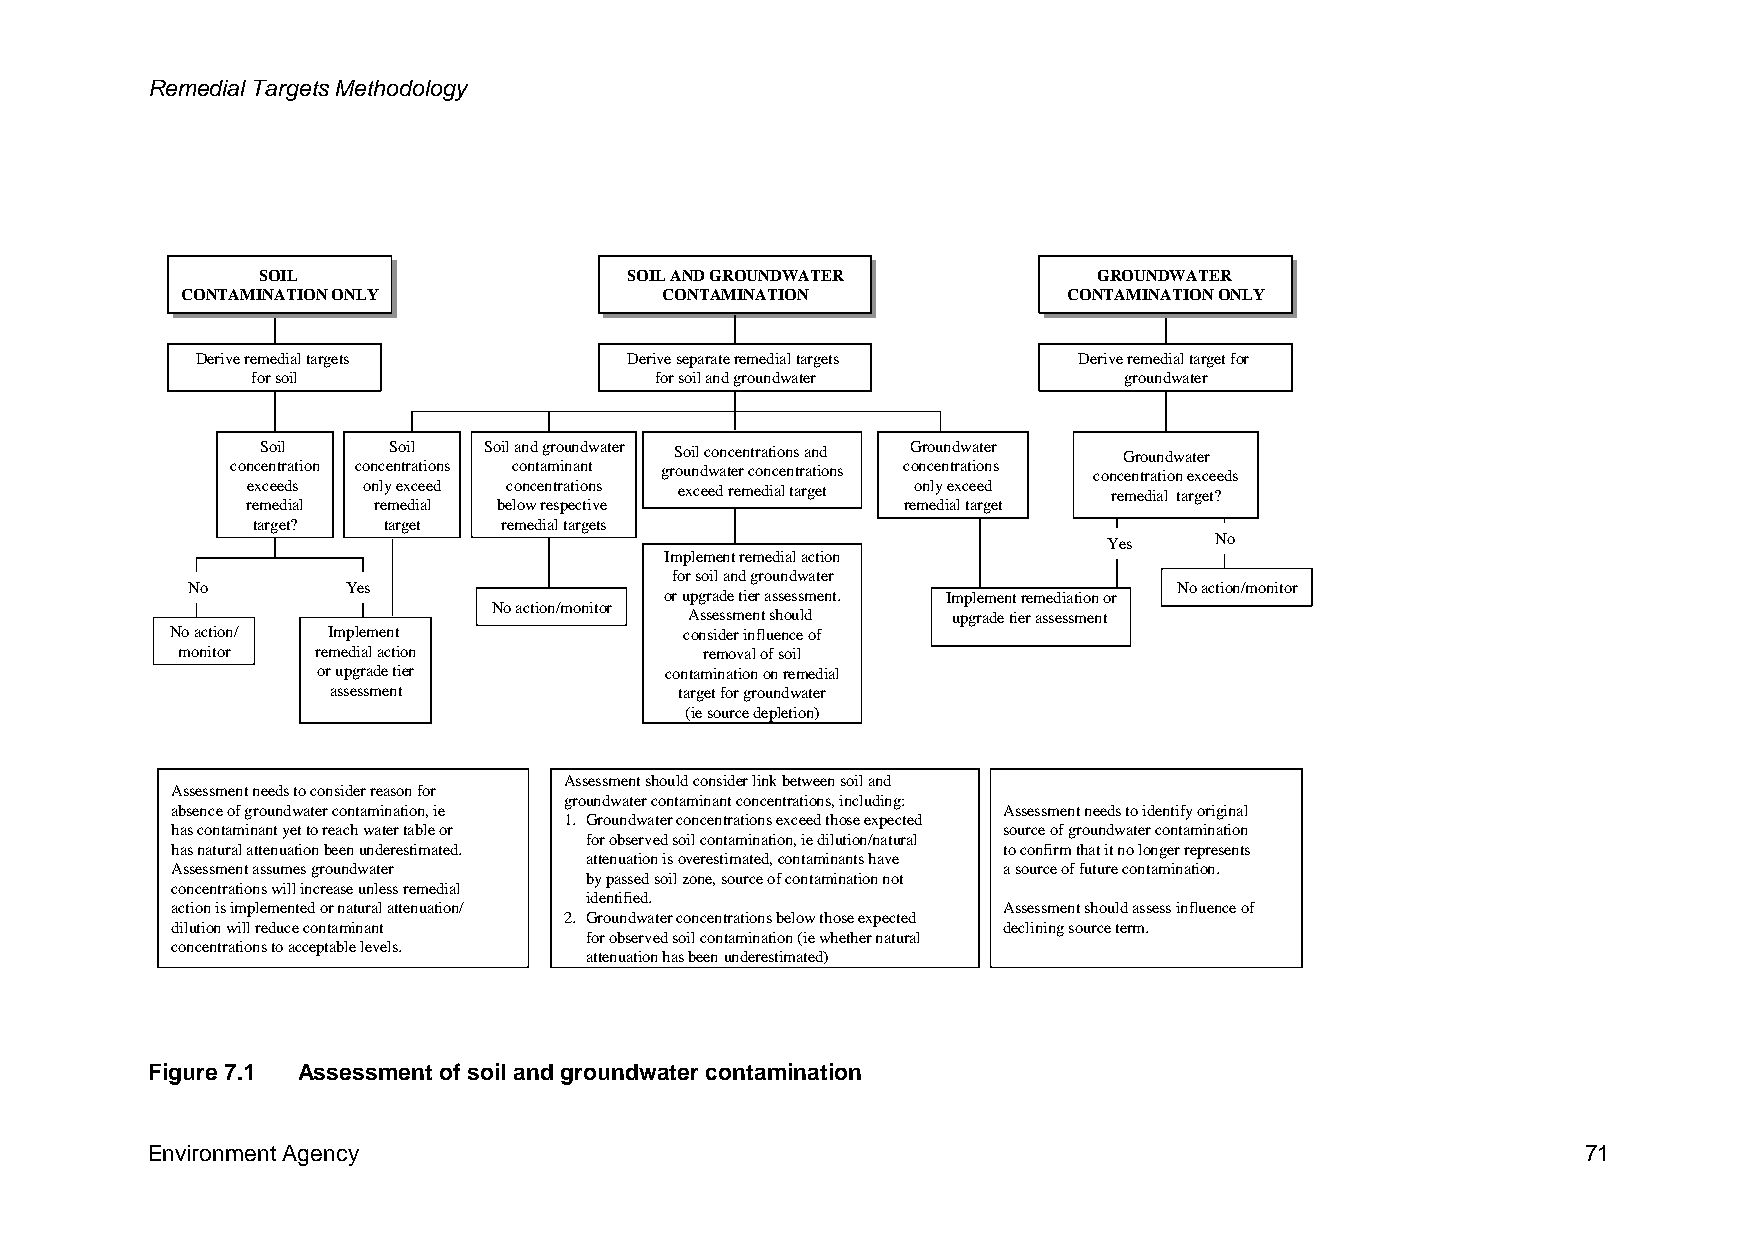
Remedial Targets Methodology
 SSOOIILL                SSOOIILL A ANNDD G GRROOUUNNDDWWAATTEERR GGRROOUUNNDDWWAATTEERR
 CCOONNTTAAMMIINNAATTIIOONN O ONNLLYY CCOONNTTAAMMIINNAATTIIOONN CCOONNTTAAMMIINNAATTIIOONN O ONNLLYY
 Derive remedial targets     Derive separate remedial targets Derive remedial target for
 for soil                  for soil and groundwater       groundwater
 Soil     Soil  Soil and groundwater Soil concentrations and Groundwater Groundwater
 concentration concentrations contaminant groundwater concentrations concentrations concentration exceeds
 exceeds only exceed concentrations exceed remedial target only exceed remedial target?
 remedial remedial below respective          remedial target
 target? target  remedial targets
 Yes    No
 Implement remedial action
 for soil and groundwater
 No         Yes                                                    No action/monitor
 or upgrade tier assessment. Implementremediationor
 No action/monitor
 Assessment should upgrade tier assessment
 No action/ Implement              consider influence of
 monitor  remedial action           removal of soil
 or upgrade tier        contamination on remedial
 assessment             target for groundwater
 (iesource depletion)
 Assessment should consider link between soil and
 Assessment needs to consider reason for
 groundwater contaminant concentrations, including:
 absence of groundwater contamination,ie                Assessment needs to identify original
 1. Groundwater concentrations exceed those expected
 has contaminant yet to reach water table or            source of groundwater contamination
 for observed soil contamination,iedilution/natural
 has natural attenuation been underestimated.           to confirm that it no longer represents
 attenuation is overestimated, contaminants have
 Assessment assumes groundwater                         a source of future contamination.
 by passed soil zone, source of contamination not
 concentrations will increase unless remedial
 identified.
 action is implemented or natural attenuation/          Assessment should assess influence of
 2. Groundwater concentrations below those expected
 dilution will reduce contaminant                       declining source term.
 for observed soil contamination (iewhether natural
 concentrations to acceptable levels.
 attenuation has been underestimated)
 Figure 7.1 Assessment of soil and groundwater contamination
 Environment Agency                                                                             71